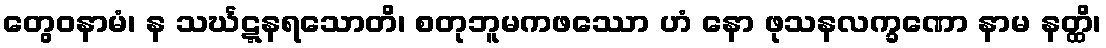
တွေဝနာမံ၊ န သင်္ဃဋ္ဋနရသောတိ၊ စတုဘူမကဖဿော ဟံ နော ဖုသနလက္ခဏော နာမ နတ္ထိ၊